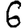
Digit: 6